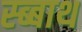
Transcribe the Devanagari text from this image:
स्ब्बाथ